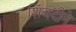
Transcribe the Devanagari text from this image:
शिंबदीने